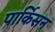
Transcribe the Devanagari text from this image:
पार्किसन